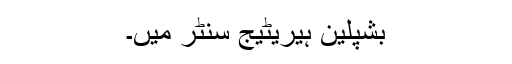
بشپلین ہیریٹیج سنٹر میں۔